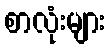
စာလုံးများ